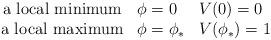
LaTeX: \begin{align*}\left.\begin{array}{cll}\mbox{a local minimum} & \phi=0 & V(0)=0 \\\mbox{a local maximum} & \phi=\phi_* & V(\phi_*)=1 \end{array}\right.\end{align*}